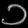
Digit: ၁